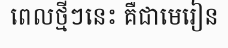
ពេលថ្មីៗនេះ គឺជាមេរៀន